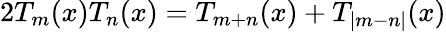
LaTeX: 2T_{m}(x)T_{n}(x)=T_{m+n}(x)+T_{|m-n|}(x)